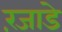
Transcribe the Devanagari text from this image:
रंजाडे